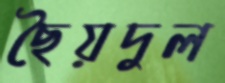
ছৈয়দুল